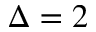
\Delta = 2